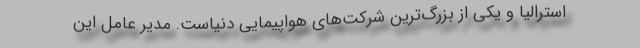
استرالیا و یکی از بزرگ‌ترین شرکت‌های هواپیمایی دنیاست. مدیر عامل این